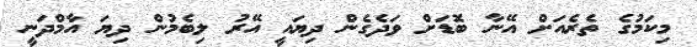
މިކަމުގެ ތެރެއަށް އޭނާ ބޮޑަށް ވަދެގެން ދިޔައީ އޭރު ލިބެމުން ދިޔަ އާމްދަނީ